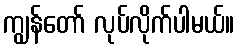
ကျွန်တော် လုပ်လိုက်ပါမယ်။